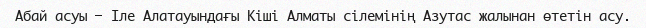
Абай асуы — Іле Алатауындағы Кіші Алматы сілемінің Азутас жалынан өтетін асу.